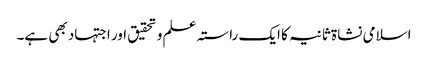
اسلامی نشاۃ ثانیہ کا ایک راستہ علم و تحقیق اور اجتہاد بھی ہے۔